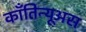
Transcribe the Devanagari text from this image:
काँतिन्यूअस